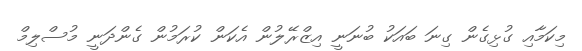
މިކަމާއި ގުޅިގެން ގިނަ ބައަކު ބުނަނީ އިޒްރޭލުން އެކަން ކުރަމުން ގެންދަނީ މުސްލިމް